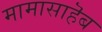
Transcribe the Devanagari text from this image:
मामासाहॆब